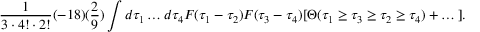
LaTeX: \frac { 1 } { 3 \cdot 4 ! \cdot 2 ! } ( - 1 8 ) ( \frac { 2 } { 9 } ) \int d \tau _ { 1 } \dots d \tau _ { 4 } F ( \tau _ { 1 } - \tau _ { 2 } ) F ( \tau _ { 3 } - \tau _ { 4 } ) [ \Theta ( \tau _ { 1 } \geq \tau _ { 3 } \geq \tau _ { 2 } \geq \tau _ { 4 } ) + \dots ] .